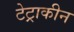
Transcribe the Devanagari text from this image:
टेट्राकीन